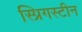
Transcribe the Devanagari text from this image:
स्प्रिगस्टीन